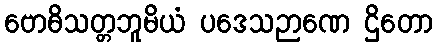
ဗောဓိသတ္တဘူမိယံ ပဒေသဉာဏေ ဌိတော